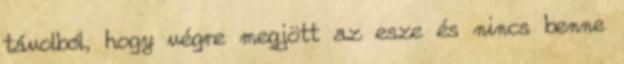
távolból, hogy végre megjött az esze és nincs benne